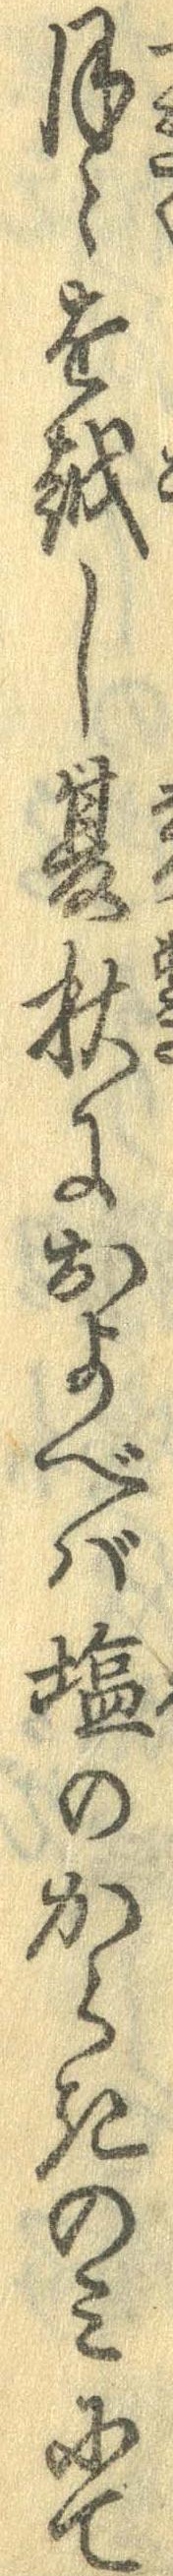
月々を越し夏秋におよべば塩のからきのみにて